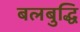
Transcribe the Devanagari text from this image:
बलबुद्धि